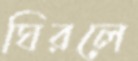
ঘিরলে